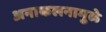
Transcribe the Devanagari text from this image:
अनाकलनामुळे